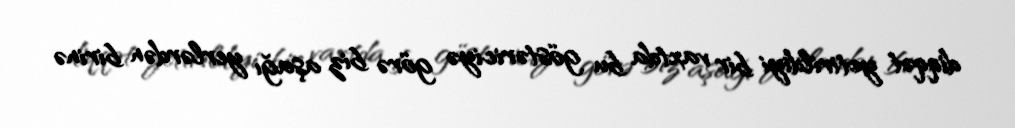
diqqət yetirildiyi bir vaxtda bu göstəriciyə görə biz aşağı yerlərdən birinə